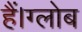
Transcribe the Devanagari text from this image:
हैं।ग्लोब